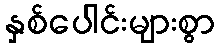
နှစ်ပေါင်းများစွာ